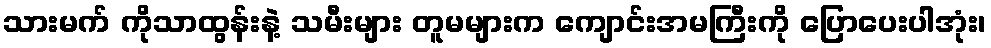
သားမက် ကိုသာထွန်းနဲ့ သမီးများ တူမများက ကျောင်းအမကြီးကို ပြောပေးပါအုံး၊